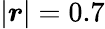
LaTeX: \left|\boldsymbol{r}\right|=0.7